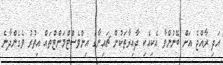
އަދި ރާއްޖެ އަށް ބޭނުންވާ އެކިއެކި ދާއިރާތަކުން ޗައިނާގެ އިންވެސްޓްމަންޓްތައް އިތުރު ވެގެންދާނެ